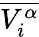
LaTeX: \overline{{V_{i}^{\alpha}}}